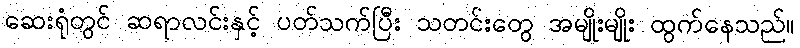
ဆေးရုံတွင် ဆရာလင်းနှင့် ပတ်သက်ပြီး သတင်းတွေ အမျိုးမျိုး ထွက်နေသည်။